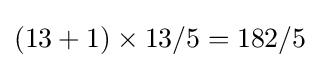
(13+1)\times 13/5=182/5